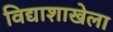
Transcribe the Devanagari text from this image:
विद्याशाखेला